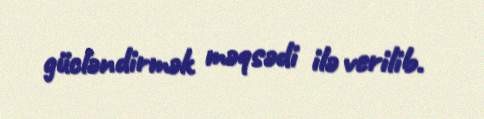
gücləndirmək məqsədi ilə verilib.